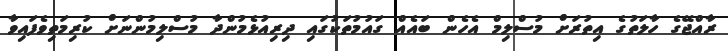
ރާއްޖޭގެ ހާލަތުގެ އިތުރަށް މުސްލިމް އެހެން ބައެއް ގައުމުތަކުގައި ދިރިއުޅެމުންދާ މުސްލިމުންނަށް ކުރިމަތިވެފައިވާ